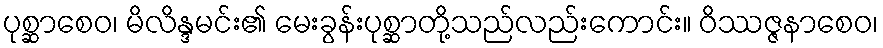
ပုစ္ဆာစေဝ၊ မိလိန္ဒမင်း၏ မေးခွန်းပုစ္ဆာတို့သည်လည်းကောင်း။ ဝိဿဇ္ဇနာစေဝ၊